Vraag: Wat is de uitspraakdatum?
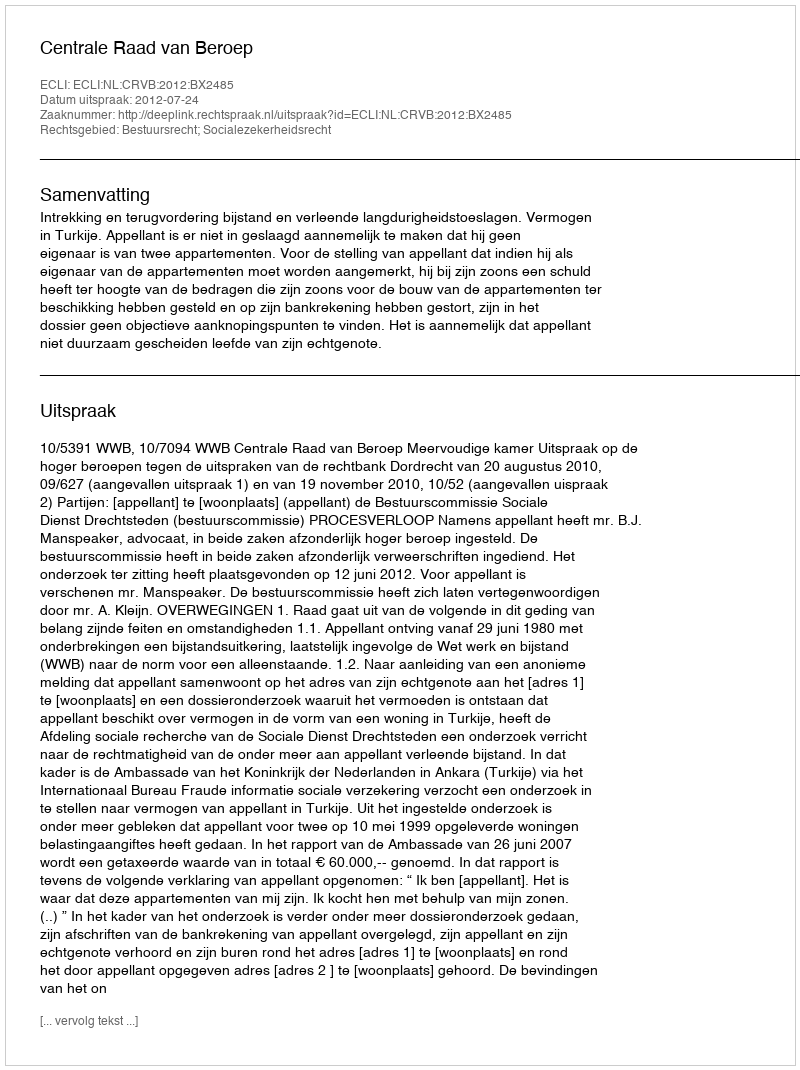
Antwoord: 2012-07-24